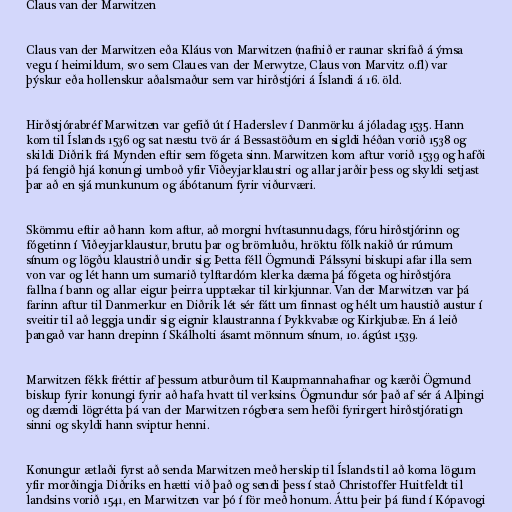
Claus van der Marwitzen

Claus van der Marwitzen eða Kláus von Marwitzen (nafnið er raunar skrifað á ýmsa
vegu í heimildum, svo sem Claues van der Merwytze, Claus von Marvitz o.fl) var
þýskur eða hollenskur aðalsmaður sem var hirðstjóri á Íslandi á 16. öld.

Hirðstjórabréf Marwitzen var gefið út í Haderslev í Danmörku á jóladag 1535. Hann
kom til Íslands 1536 og sat næstu tvö ár á Bessastöðum en sigldi héðan vorið 1538 og
skildi Diðrik frá Mynden eftir sem fógeta sinn. Marwitzen kom aftur vorið 1539 og hafði
þá fengið hjá konungi umboð yfir Viðeyjarklaustri og allar jarðir þess og skyldi setjast
þar að en sjá munkunum og ábótanum fyrir viðurværi.

Skömmu eftir að hann kom aftur, að morgni hvítasunnudags, fóru hirðstjórinn og
fógetinn í Viðeyjarklaustur, brutu þar og brömluðu, hröktu fólk nakið úr rúmum
sínum og lögðu klaustrið undir sig. Þetta féll Ögmundi Pálssyni biskupi afar illa sem
von var og lét hann um sumarið tylftardóm klerka dæma þá fógeta og hirðstjóra
fallna í bann og allar eigur þeirra upptækar til kirkjunnar. Van der Marwitzen var þá
farinn aftur til Danmerkur en Diðrik lét sér fátt um finnast og hélt um haustið austur í
sveitir til að leggja undir sig eignir klaustranna í Þykkvabæ og Kirkjubæ. En á leið
þangað var hann drepinn í Skálholti ásamt mönnum sínum, 10. ágúst 1539.

Marwitzen fékk fréttir af þessum atburðum til Kaupmannahafnar og kærði Ögmund
biskup fyrir konungi fyrir að hafa hvatt til verksins. Ögmundur sór það af sér á Alþingi
og dæmdi lögrétta þá van der Marwitzen rógbera sem hefði fyrirgert hirðstjóratign
sinni og skyldi hann sviptur henni.

Konungur ætlaði fyrst að senda Marwitzen með herskip til Íslands til að koma lögum
yfir morðingja Diðriks en hætti við það og sendi þess í stað Christoffer Huitfeldt til
landsins vorið 1541, en Marwitzen var þó í för með honum. Áttu þeir þá fund í Kópavogi